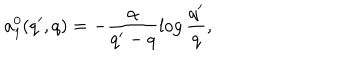
a _ { 1 } ^ { 0 } ( q ^ { \prime } , q ) = - \frac { \alpha } { q ^ { \prime } - q } \log \frac { q ^ { \prime } } { q } ,